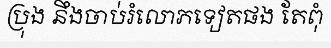
ប្រុង នឹងចាប់រំលោភទៀតផង តែពុំ